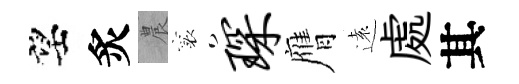
望炙農襄琛膺遠處其